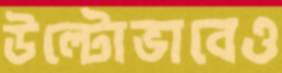
উল্টোভাবেও